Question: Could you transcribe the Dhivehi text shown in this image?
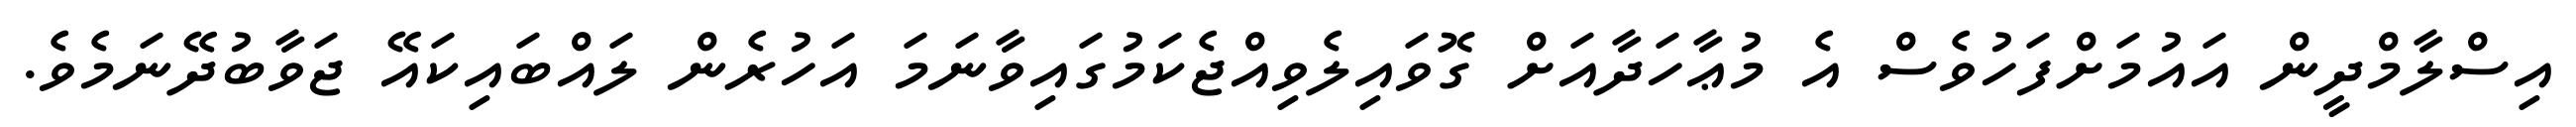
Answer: އިސްލާމްދީން އައުމަށްފަހުވެސް އެ މުޢާހަދާއަށް ގޮވައިލެވިއްޖެކަމުގައިވާނަމަ އަހުރެން ލައްބައިކައޭ ޖަވާބުދޭނަމެވެ.